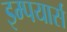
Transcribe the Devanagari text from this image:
इम्पयार्स